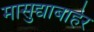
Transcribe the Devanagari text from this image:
मासुद्याबाहेर